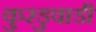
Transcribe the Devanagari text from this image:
कुरडुवाडी